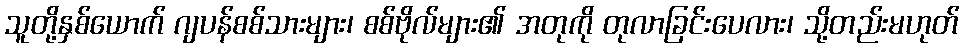
သူတို့နှစ်ယောက် ဂျပန်စစ်သားများ၊ စစ်ဗိုလ်များ၏ အတုကို တုလာခြင်းပေလား၊ သို့တည်းမဟုတ်